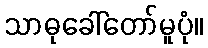
သာဓုခေါ်တော်မူပုံ။